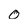
Character: 0